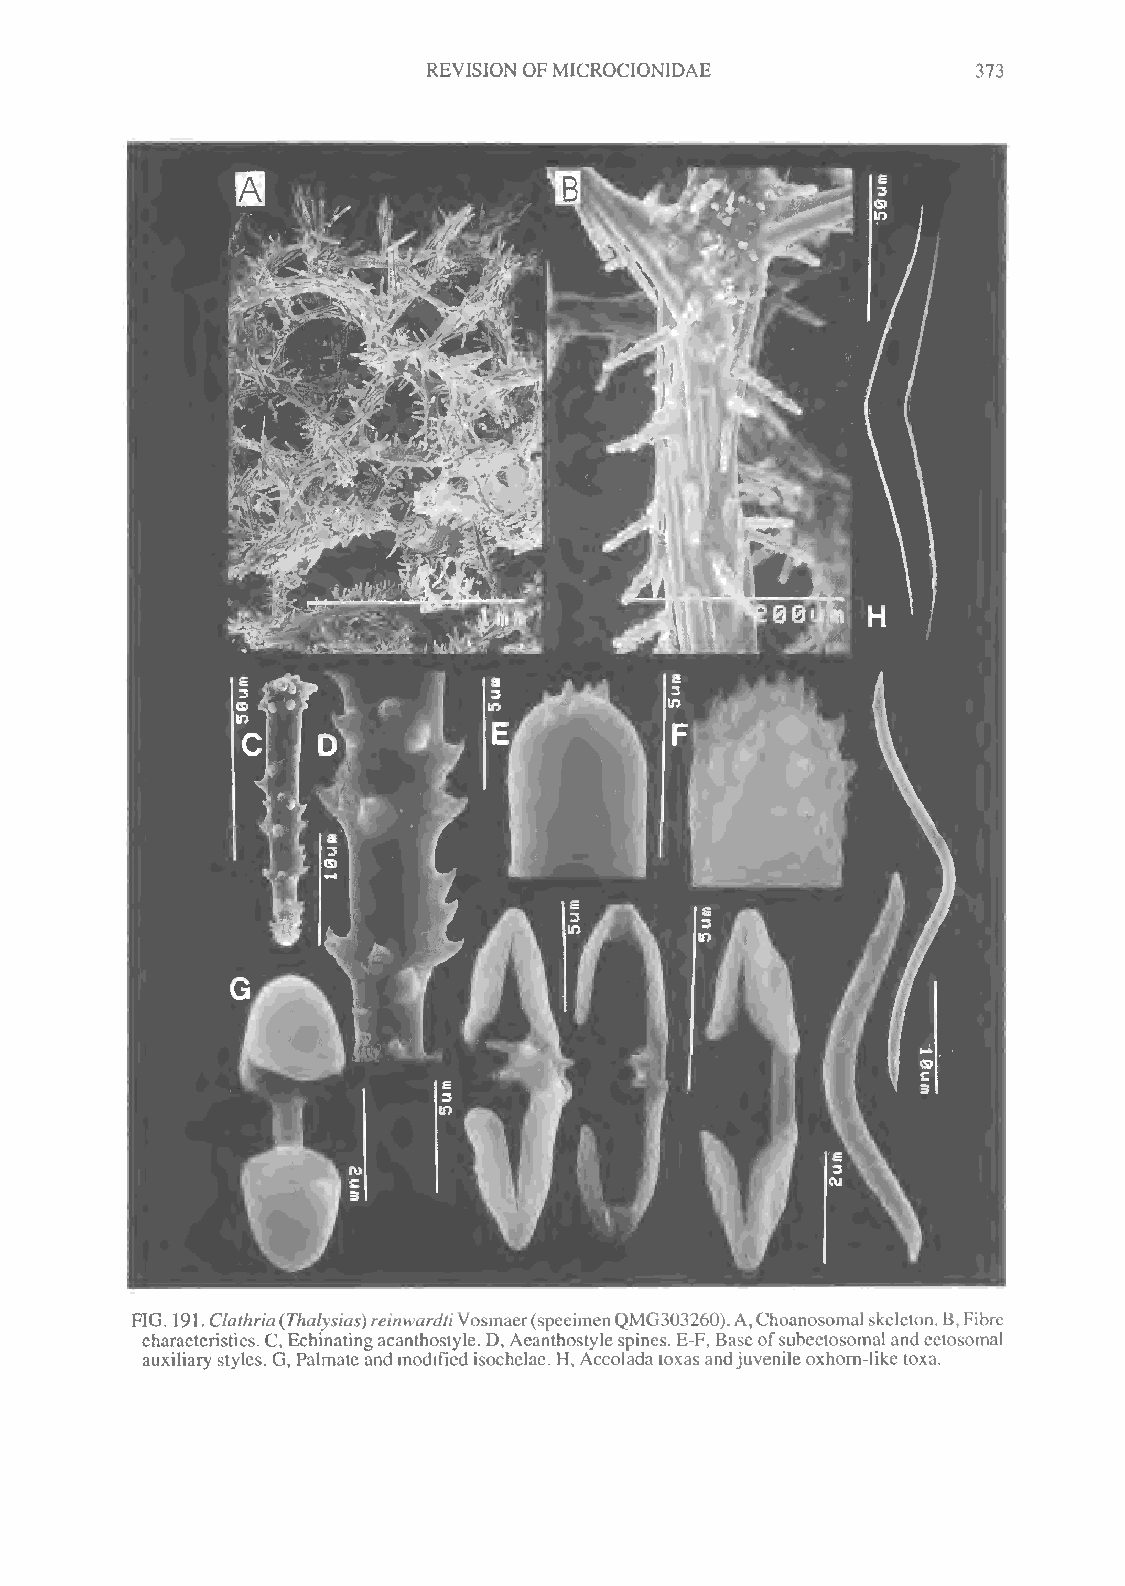
REVISIONOFMICROCIONIDAE              373
 FIG. 191.Clathria{Thalysias)reinwardtiVosmaer(specimenQMG303260).A,Choanosomalskeleton.B,Fibre
 characteristics. C,Echinatingacanthostyle. D, Acanthostylespines. E-F, Baseofsubectosomal andectosomal
 auxiliary styles. G, Palmateand modified isochelae. H, Accoladatoxasandjuvenileoxhorn-like toxa.